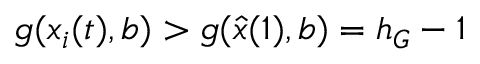
g ( x _ { i } ( t ) , b ) > g ( \hat { x } ( 1 ) , b ) = h _ { G } - 1